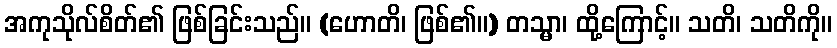
အကုသိုလ်စိတ်၏ ဖြစ်ခြင်းသည်။ (ဟောတိ၊ ဖြစ်၏။) တသ္မာ၊ ထို့ကြောင့်။ သတိ၊ သတိကို။